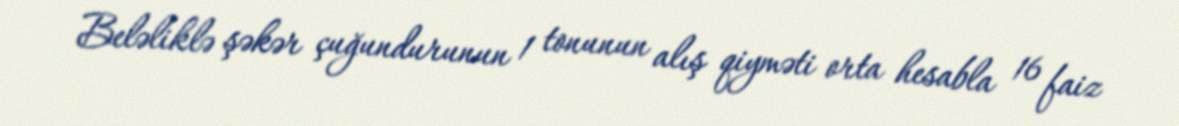
Beləliklə şəkər çuğundurunun 1 tonunun alış qiyməti orta hesabla 16 faiz